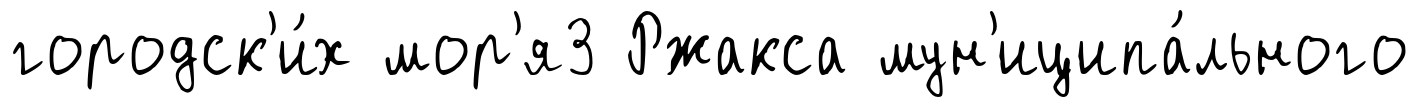
городск'и́х мор'я3 Ржакса мун'иципа́льного